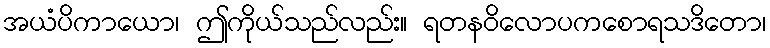
အယံပိကာယော၊ ဤကိုယ်သည်လည်း။ ရတနဝိလောပကစောရသဒိတော၊